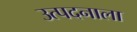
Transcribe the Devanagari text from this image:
उत्पदनाला